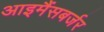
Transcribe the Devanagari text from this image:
आइमैंसबर्जर